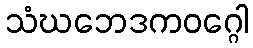
သံဃဘေဒကဝဂ္ဂေါ